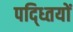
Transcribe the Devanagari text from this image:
पद्ध्तियों